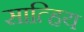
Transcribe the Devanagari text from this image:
सात्हिय